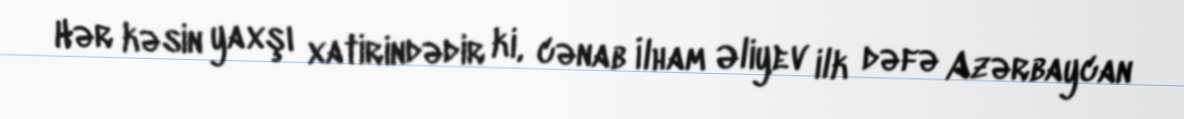
Hər kəsin yaxşı xatirindədir ki, cənab İlham Əliyev ilk dəfə Azərbaycan